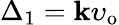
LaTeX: \Delta_{1}=\mathbf{k}\upsilon_{\mathrm{{o}}}